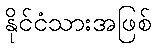
နိုင်ငံသားအဖြစ်